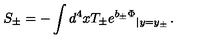
S _ { \pm } = - \int d ^ { 4 } x T _ { \pm } { e ^ { b _ { \pm } \Phi } } _ { \left| y = y _ { \pm } \right. } .